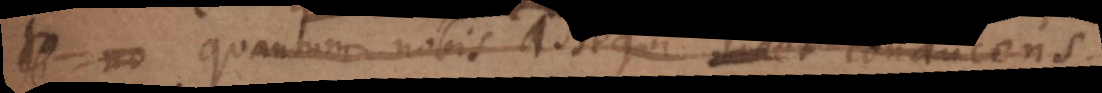
(c) quantum nobis assequi licet conducens.